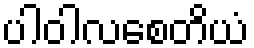
ပါဝါလစေတိယံ